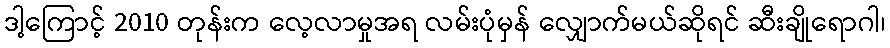
ဒါ့ကြောင့် 2010 တုန်းက လေ့လာမှုအရ လမ်းပုံမှန် လျှောက်မယ်ဆိုရင် ဆီးချိုရောဂါ၊